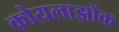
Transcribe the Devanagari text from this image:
कोयलाझोंक